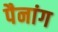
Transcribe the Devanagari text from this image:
पैनांग